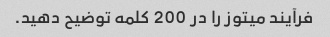
فرآیند میتوز را در 200 کلمه توضیح دهید.